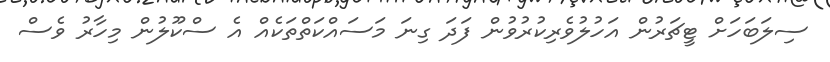
ސިލަބަހަށް ޓީޗަރުން އަހުލުވެރިކުރުވުން ފަދަ ގިނަ މަސައްކަތްތަކެއް އެ ސްކޫލުން މިހާރު ވެސް